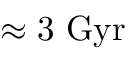
\approx 3 \ \mathrm { G y r }